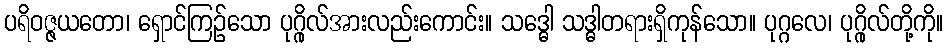
ပရိဝဇ္ဇယတော၊ ရှောင်ကြဉ်သော ပုဂ္ဂိုလ်အားလည်းကောင်း။ သဒ္ဓေါ သဒ္ဓါတရားရှိကုန်သော။ ပုဂ္ဂလေ၊ ပုဂ္ဂိုလ်တို့ကို။